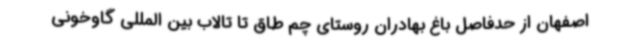
اصفهان از حدفاصل باغ بهادران روستای چم طاق تا تالاب بین المللی گاوخونی